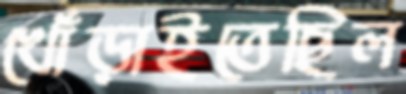
খোঁড়াইতেছিল